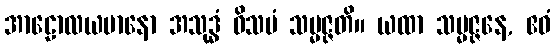
အာဠောလယမာနော အသုဒ္ဓံ ဝိသမံ သမ္မဇ္ဇတိ။ ယထာ သမ္မဇ္ဇနေ, ဧဝံ